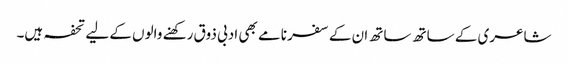
شاعری کے ساتھ ساتھ ان کے سفر نامے بھی ادبی ذوق رکھنے والوں کے لیے تحفہ ہیں۔